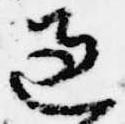
過